Indian journal of veterinary science and animal husbandry - Volumes 24-25, 1954-1955
Year: 1954
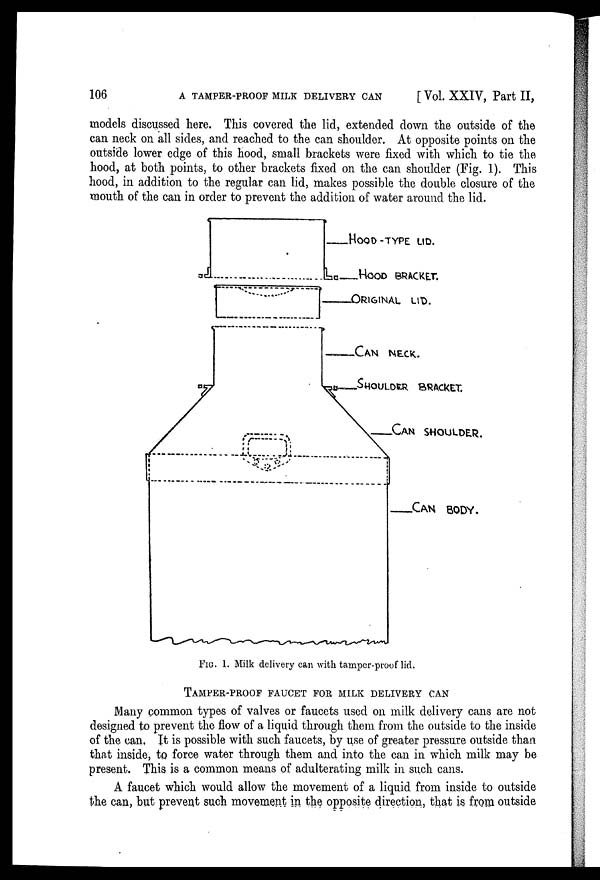
106
A TAMPER-PROOF MILK DELIVERY CAN
[Vol. XXIV, Part II,
models discussed here. This covered the lid, extended down the outside of the
can neck on all sides, and reached to the can shoulder. At opposite points on the
outside lower edge of this hood, small brackets were fixed with which to tie the
hood, at both points, to other brackets fixed on the can shoulder (Fig. 1). This
hood, in addition to the regular can lid, makes possible the double closure of the
mouth of the can in order to prevent the addition of water around the lid.
FIG. 1. Milk delivery can with tamper-proof lid.
TAMPER-PROOF FAUCET FOR MILK DELIVERY CAN
Many common types of valves or faucets used on milk delivery cans are not
designed to prevent the flow of a liquid through them from the outside to the inside
of the can, It is possible with such faucets, by use of greater pressure outside than
that inside, to force water through them and into the can in which milk may be
present. This is a common means of adulterating milk in such cans.
A faucet which would allow the movement of a liquid from inside to outside
the can, but prevent such movement in the opposite direction, that is from outside